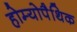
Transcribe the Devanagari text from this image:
होम्‍योपैथिक